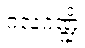
ဂလဂဏ္ဍိံ